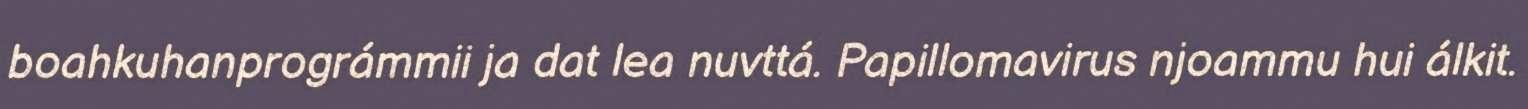
boahkuhanprográmmii ja dat lea nuvttá. Papillomavirus njoammu hui álkit.